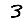
Digit: 3